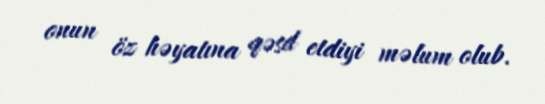
onun öz həyatına qəsd etdiyi məlum olub.